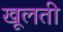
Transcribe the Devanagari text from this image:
खूलती